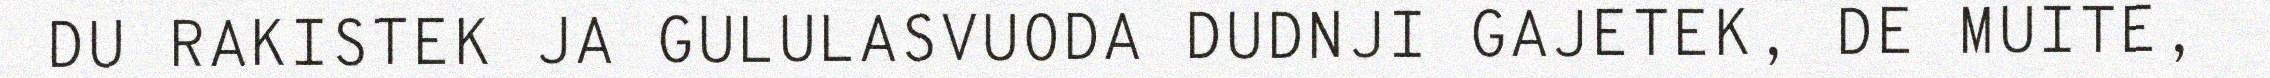
DU RAKISTEK JA GULULASVUODA DUDNJI GAJETEK, DE MUITE,